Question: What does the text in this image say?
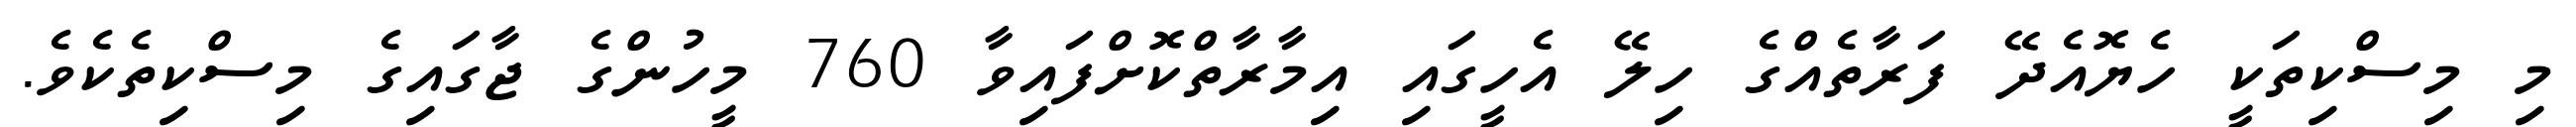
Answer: މި މިސްކިތަކީ ހެޔޮއެދޭ ފަރާތެއްގެ ހިލޭ އެހީގައި އިމާރާތްކޮށްފައިވާ 760 މީހުންގެ ޖާގައިގެ މިސްކިތެކެވެ.